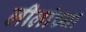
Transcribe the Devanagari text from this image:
लीलांच्या